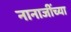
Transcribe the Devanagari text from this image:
नानाजींच्या